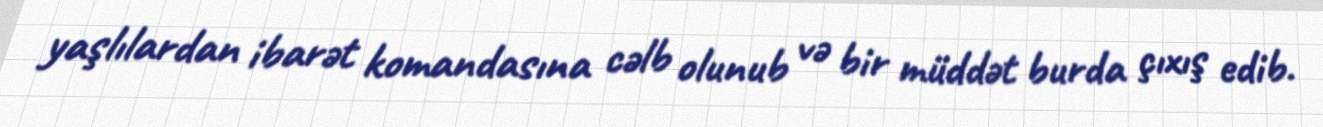
yaşlılardan ibarət komandasına cəlb olunub və bir müddət burda çıxış edib.